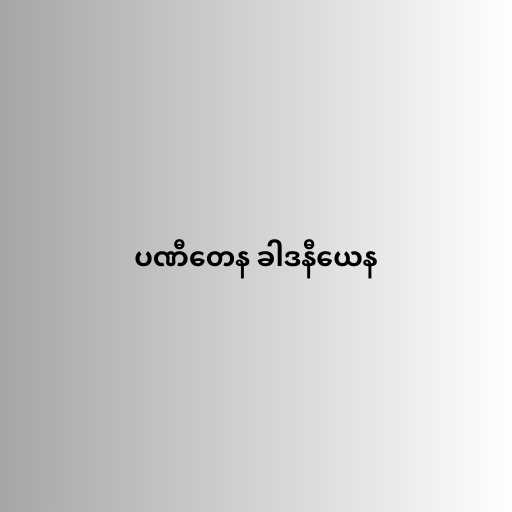
ပဏီတေန ခါဒနီယေန